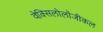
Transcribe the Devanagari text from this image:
वेक्सिलोलॉजीकल